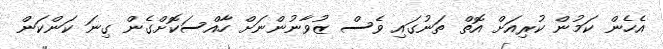
އެހެން ކަމުން ކުރިއަށް އޮތް ތަނުގައި ވެސް ޒުވާނުންނަށް ހާއްސަކޮށްގެން ގިނަ ކަންކަން